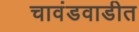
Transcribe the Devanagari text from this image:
चावंडवाडीत